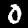
Digit: 0